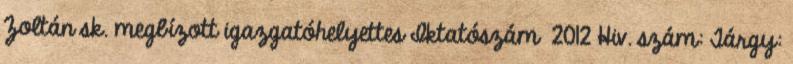
Zoltán sk. megbízott igazgatóhelyettes Iktatószám 2012 Hiv. szám: Tárgy: